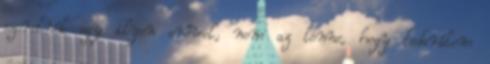
szeretnék egy ilyen erővel, nem az lenne, hogy ledarálom